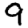
Digit: 9